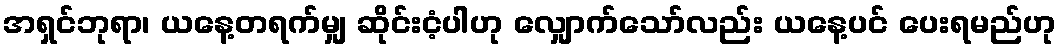
အရှင်ဘုရာ၊ ယနေ့တရက်မျှ ဆိုင်းငံ့ပါဟု လျှောက်သော်လည်း ယနေ့ပင် ပေးရမည်ဟု